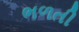
ભળતી